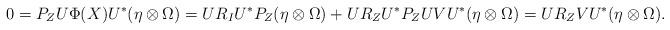
LaTeX: \begin{align*}0=P_Z U\Phi(X)U^*(\eta \otimes \Omega)=UR_IU^*P_Z(\eta \otimes \Omega) + UR_ZU^*P_ZUVU^*(\eta \otimes \Omega)=UR_ZVU^*(\eta \otimes \Omega).\end{align*}